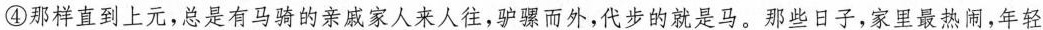
④那样直到上元,总是有马骑的亲戚家人来人往，驴骡而外,代步的就是马。那些日子,家里最热闹,年轻